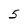
Character: 5